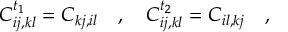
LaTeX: C _ { i j , k l } ^ { t _ { 1 } } = C _ { k j , i l } \quad , \quad C _ { i j , k l } ^ { t _ { 2 } } = C _ { i l , k j } \quad ,